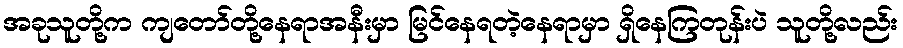
အခုသူတို့က ကျတော်တို့နေရာအနီးမှာ မြင်နေရတဲ့နေရာမှာ ရှိနေကြတုန်းပဲ သူတို့လည်း